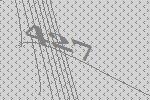
427